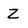
Character: Z